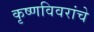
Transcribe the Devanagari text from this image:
कृष्णविवरांचे